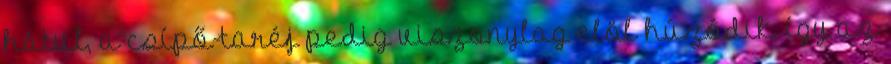
hátul, a csípő-taréj pedig viszonylag elöl húzódik, így az